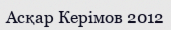
Асқар Керімов 2012